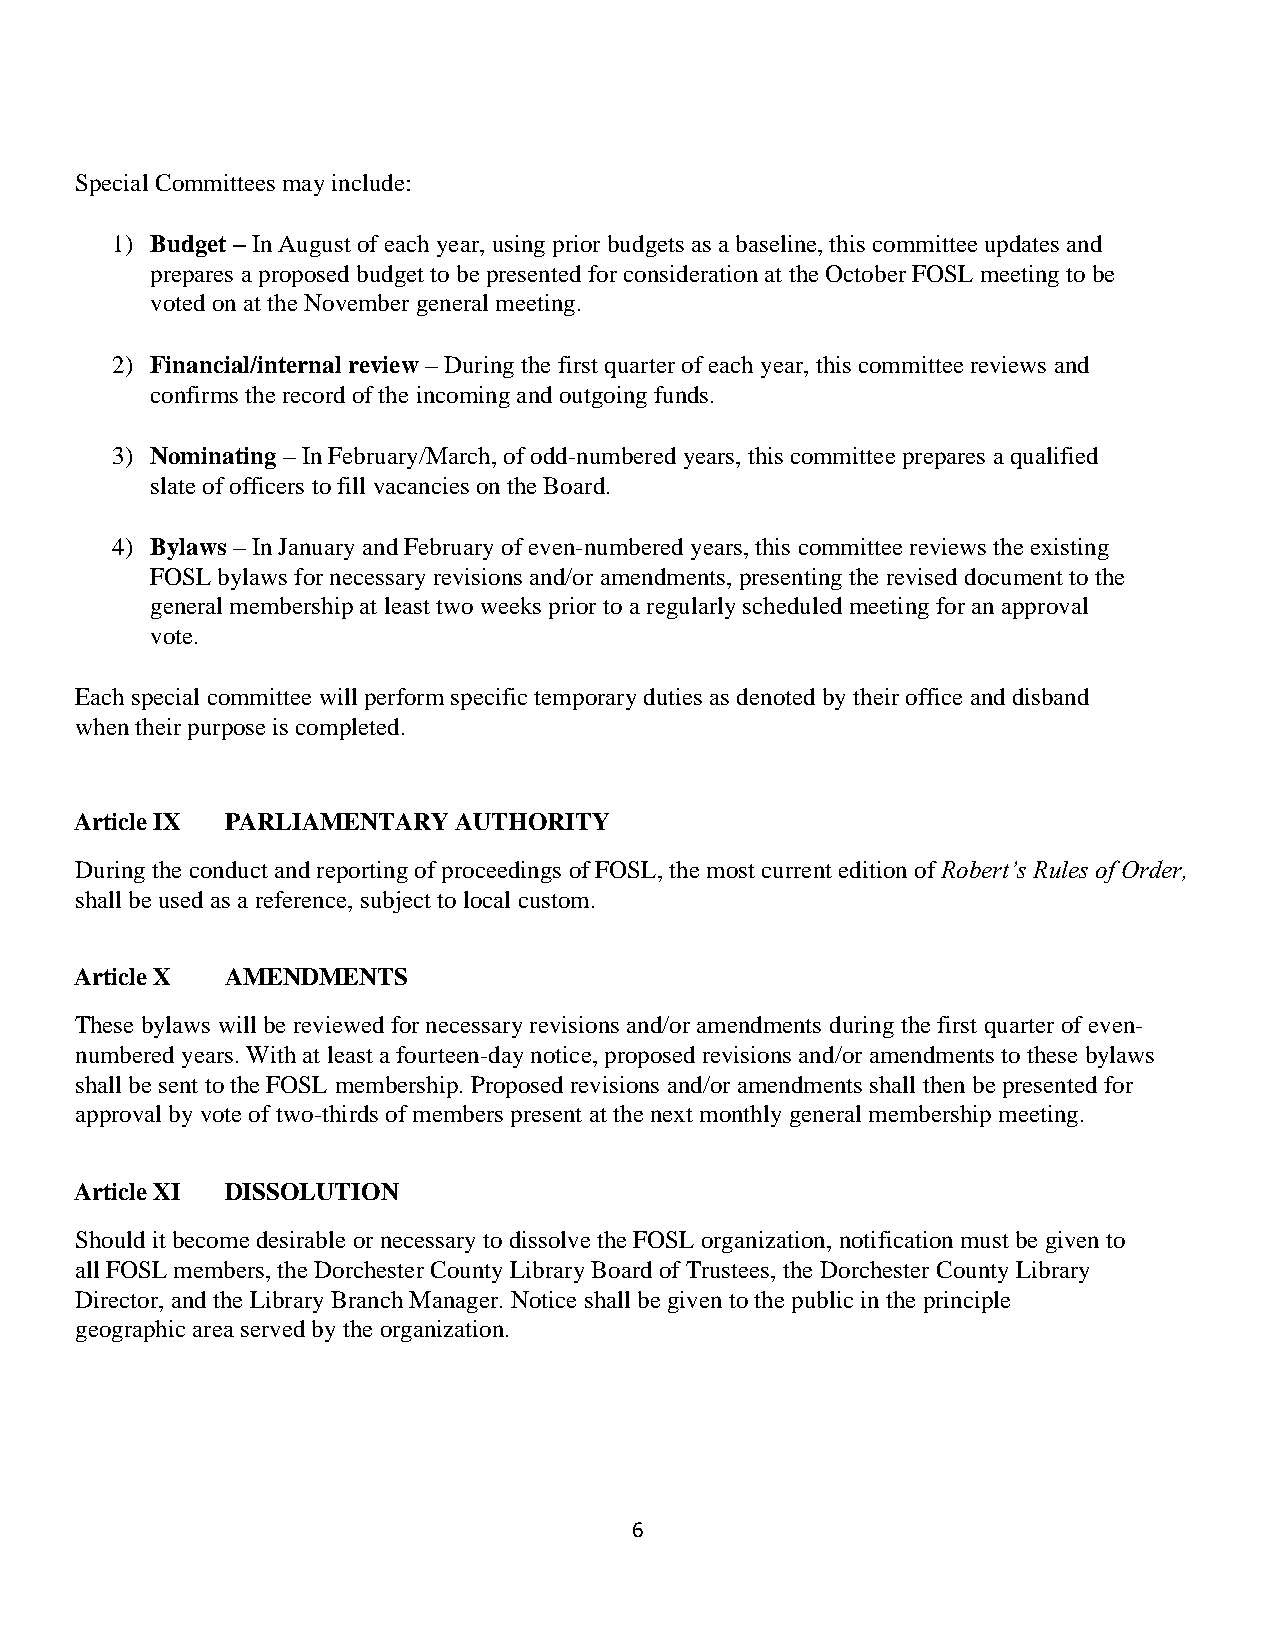
Special Committees may include:
 1) Budget – In August of each year, using prior budgets as a baseline, this committee updates and
 prepares a proposed budget to be presented for consideration at the October FOSL meeting to be
 voted on at the November general meeting.
 2) Financial/internal review – During the first quarter of each year, this committee reviews and
 confirms the record of the incoming and outgoing funds.
 3) Nominating – In February/March, of odd-numbered years, this committee prepares a qualified
 slate of officers to fill vacancies on the Board.
 4) Bylaws – In January and February of even-numbered years, this committee reviews the existing
 FOSL bylaws for necessary revisions and/or amendments, presenting the revised document to the
 general membership at least two weeks prior to a regularly scheduled meeting for an approval
 vote.
 Each special committee will perform specific temporary duties as denoted by their office and disband
 when their purpose is completed.
 Article IX PARLIAMENTARY AUTHORITY
 During the conduct and reporting of proceedings of FOSL, the most current edition of Robert’s Rules of Order,
 shall be used as a reference, subject to local custom.
 Article X AMENDMENTS
 These bylaws will be reviewed for necessary revisions and/or amendments during the first quarter of even-
 numbered years. With at least a fourteen-day notice, proposed revisions and/or amendments to these bylaws
 shall be sent to the FOSL membership. Proposed revisions and/or amendments shall then be presented for
 approval by vote of two-thirds of members present at the next monthly general membership meeting.
 Article XI DISSOLUTION
 Should it become desirable or necessary to dissolve the FOSL organization, notification must be given to
 all FOSL members, the Dorchester County Library Board of Trustees, the Dorchester County Library
 Director, and the Library Branch Manager. Notice shall be given to the public in the principle
 geographic area served by the organization.
 6